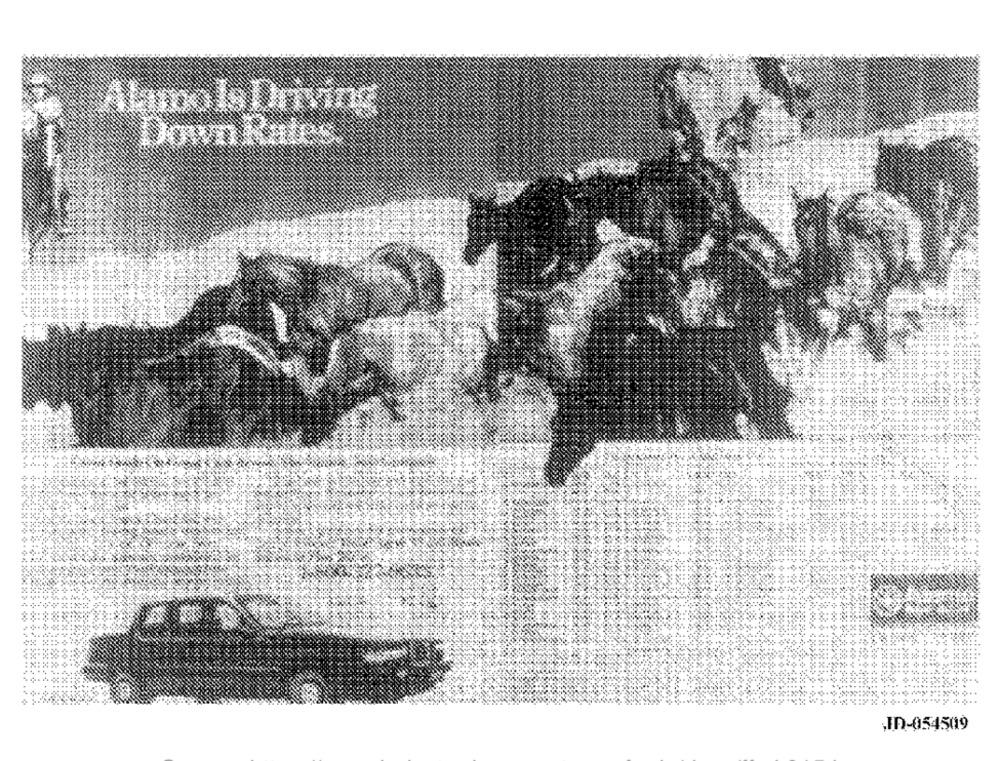
Abmols Driving
Down Rates
ID-054509